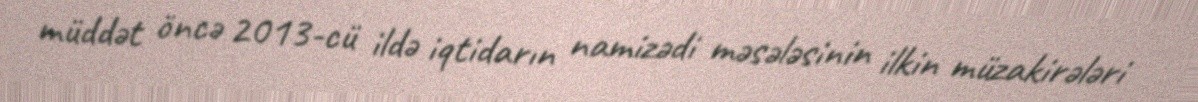
müddət öncə 2013-cü ildə iqtidarın namizədi məsələsinin ilkin müzakirələri